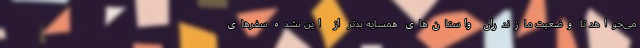
می‌خواهد تا وضعیت مازندران واستان‌های همسایه بدتر از این نشده سفر‌های